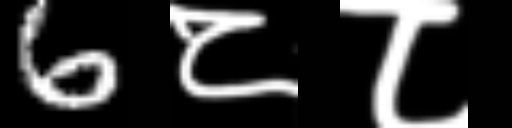
Text: 6८८